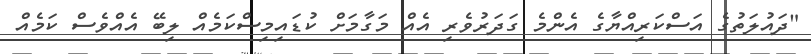
"ދައުލަތުގެ އަސްކަރިއްޔާގެ އެންމެ ގަދަރުވެރި އެއް މަގާމަށް ކުޑައިމިސްކަމެއް ލިބޭ އެއްވެސް ކަމެއް